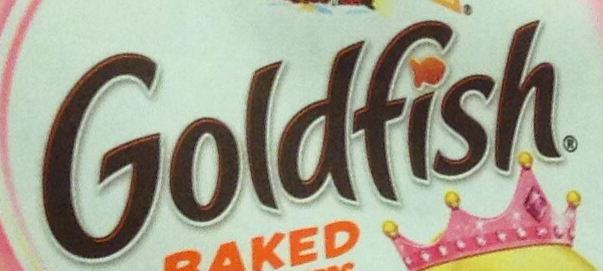
Goldfish